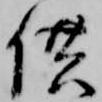
供